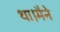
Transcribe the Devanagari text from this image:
था।मैने